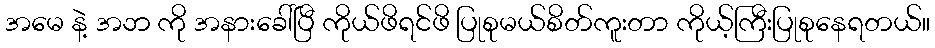
အမေ နဲ့ အဘ ကို အနားခေါ်ပြီ ကိုယ်ဖိရင်ဖိ ပြုစုမယ်စိတ်ကူးတာ ကိုယ့်ကြီးပြုစုနေရတယ်။